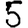
Digit: 5